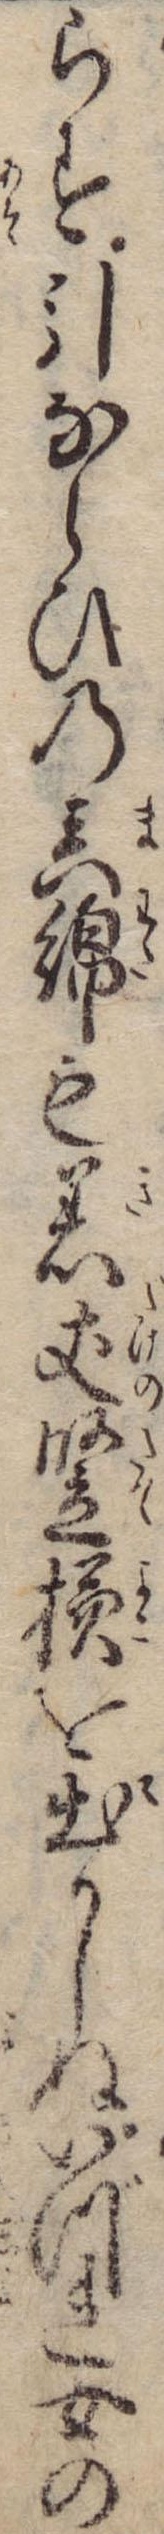
らす引ならひの真綿も着丈竪横を出かしぬいづれ女の